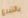
بالتبرع